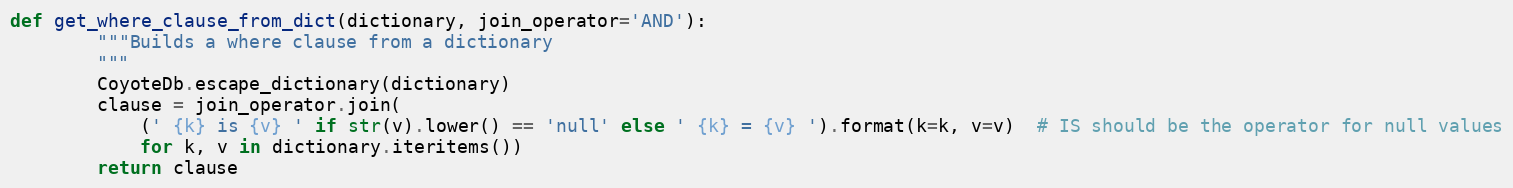
Language: Python
def get_where_clause_from_dict(dictionary, join_operator='AND'):
        """Builds a where clause from a dictionary
        """
        CoyoteDb.escape_dictionary(dictionary)
        clause = join_operator.join(
            (' {k} is {v} ' if str(v).lower() == 'null' else ' {k} = {v} ').format(k=k, v=v)  # IS should be the operator for null values
            for k, v in dictionary.iteritems())
        return clause